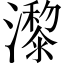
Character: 𤂱